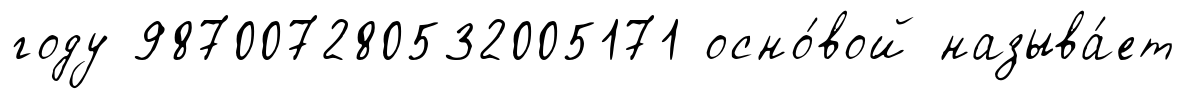
году 987007280532005171 осно́вой называ́ет